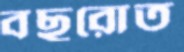
বছরোত